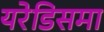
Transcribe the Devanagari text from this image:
यरेडिसमा